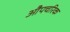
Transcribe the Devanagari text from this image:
औपचरिक